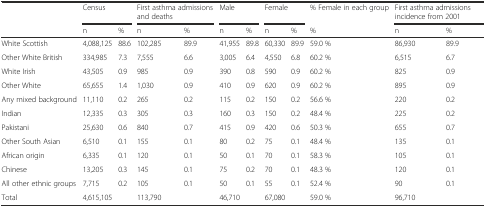
|  | <COLSPAN=2> Census | <COLSPAN=2> First asthma admissions and deaths | <COLSPAN=2> Male | <COLSPAN=2> Female | % Female in each group | <COLSPAN=2> First asthma admissions incidence from 2001 |
 |  | n | % | n | % | n | % | n | % | % | n | % |
 | --- | --- | --- | --- | --- | --- | --- | --- | --- | --- | --- | --- |
 | White Scottish | 4,088,125 | 88.6 | 102,285 | 89.9 | 41,955 | 89.8 | 60,330 | 89.9 | 59.0 % | 86,930 | 89.9 |
 | Other White British | 334,985 | 7.3 | 7,555 | 6.6 | 3,005 | 6.4 | 4,550 | 6.8 | 60.2 % | 6,515 | 6.7 |
 | White Irish | 43,505 | 0.9 | 985 | 0.9 | 390 | 0.8 | 590 | 0.9 | 60.2 % | 825 | 0.9 |
 | Other White | 65,655 | 1.4 | 1,030 | 0.9 | 410 | 0.9 | 620 | 0.9 | 60.2 % | 895 | 0.9 |
 | Any mixed background | 11,110 | 0.2 | 265 | 0.2 | 115 | 0.2 | 150 | 0.2 | 56.6 % | 220 | 0.2 |
 | Indian | 12,335 | 0.3 | 305 | 0.3 | 160 | 0.3 | 150 | 0.2 | 48.4 % | 225 | 0.2 |
 | Pakistani | 25,630 | 0.6 | 840 | 0.7 | 415 | 0.9 | 420 | 0.6 | 50.3 % | 655 | 0.7 |
 | Other South Asian | 6,510 | 0.1 | 155 | 0.1 | 80 | 0.2 | 75 | 0.1 | 48.4 % | 135 | 0.1 |
 | African origin | 6,335 | 0.1 | 120 | 0.1 | 50 | 0.1 | 70 | 0.1 | 58.3 % | 105 | 0.1 |
 | Chinese | 13,205 | 0.3 | 145 | 0.1 | 75 | 0.2 | 70 | 0.1 | 48.3 % | 120 | 0.1 |
 | All other ethnic groups | 7,715 | 0.2 | 105 | 0.1 | 50 | 0.1 | 55 | 0.1 | 52.4 % | 90 | 0.1 |
 | Total | 4,615,105 |  | 113,790 |  | 46,710 |  | 67,080 |  | 59.0 % | 96,710 |  |